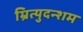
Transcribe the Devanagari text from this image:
म्रित्युदन्शम